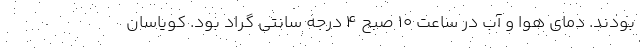
بودند. دمای هوا و آب در ساعت ۱۰ صبح ۴ درجه سانتی گراد بود. کویاسان